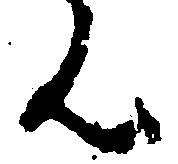
ん